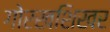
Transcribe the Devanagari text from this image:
गोरखशिखर